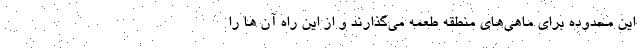
این محدوده برای ماهی‌های منطقه طعمه می‌گذارند و از این راه آن ها را